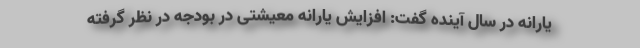
یارانه در سال آینده گفت: افزایش یارانه معیشتی در بودجه در نظر گرفته